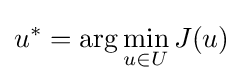
u^{*}=\arg \min _{u\in U}J(u)